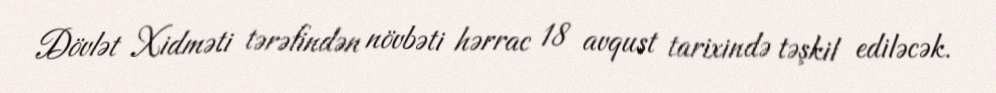
Dövlət Xidməti tərəfindən növbəti hərrac 18 avqust tarixində təşkil ediləcək.